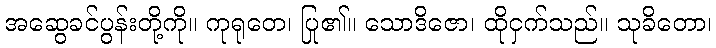
အဆွေခင်ပွန်းတို့ကို။ ကုရုတေ၊ ပြု၏။ သောဒိဇော၊ ထိုငှက်သည်။ သုခိတော၊